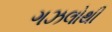
ગઝલોથી